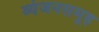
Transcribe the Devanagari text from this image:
व्यंजनसमूह